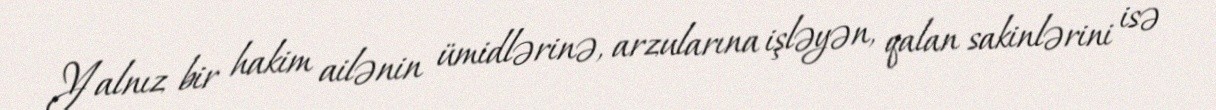
Yalnız bir hakim ailənin ümidlərinə, arzularına işləyən, qalan sakinlərini isə